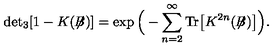
\mathrm { d e t } _ { 3 } [ 1 - K ( \not { \! \! B } ) ] = \exp \Big ( - \sum _ { n = 2 } ^ { \infty } \mathrm { T r } \big [ K ^ { 2 n } ( \not { \! \! B } ) \big ] \Big ) .